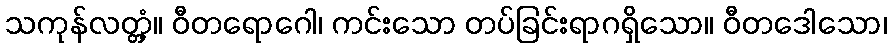
သကုန်လတ္တံ့။ ဝီတရောဂေါ၊ ကင်းသော တပ်ခြင်းရာဂရှိသော။ ဝီတဒေါသော၊